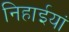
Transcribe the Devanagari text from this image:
निहाईयां